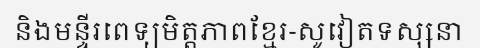
និងមន្ទីរពេទ្យមិត្តភាពខ្មែរ-សូវៀតទស្សនា